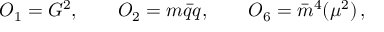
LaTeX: { \cal O } _ { 1 } = G ^ { 2 } , \qquad { \cal O } _ { 2 } = m \bar { q } q , \qquad { \cal O } _ { 6 } = \bar { m } ^ { 4 } ( \mu ^ { 2 } ) \, ,